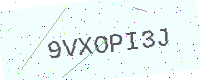
Text: 9VXOPI3J